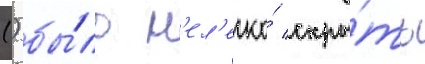
() бы́ло н'ел'егко́ скры́ть